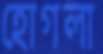
হোগলা